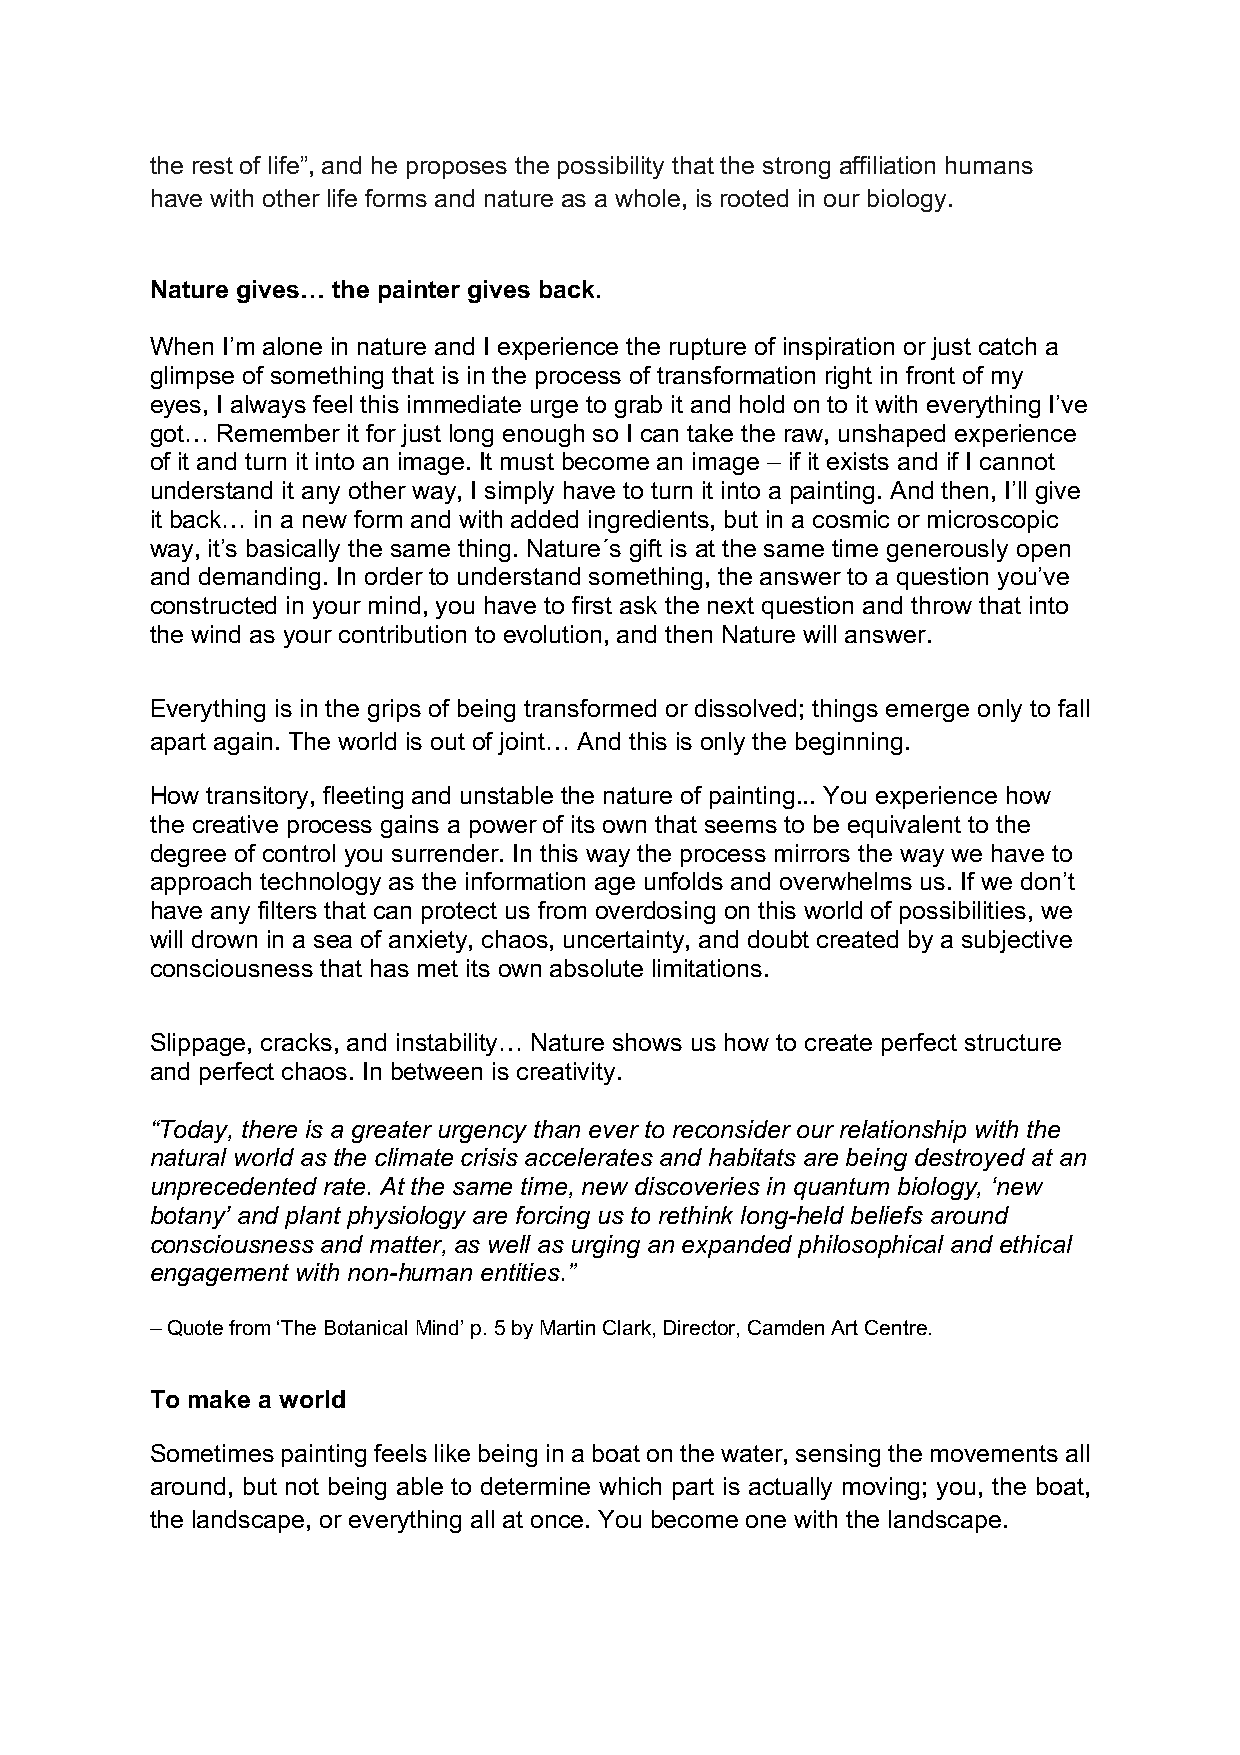
the rest of life”, and he proposes the possibility that the strong affiliation humans
 have with other life forms and nature as a whole, is rooted in our biology.
 Nature gives… the painter gives back.
 When I’m alone in nature and I experience the rupture of inspiration or just catch a
 glimpse of something that is in the process of transformation right in front of my
 eyes, I always feel this immediate urge to grab it and hold on to it with everything I’ve
 got… Remember it for just long enough so I can take the raw, unshaped experience
 of it and turn it into an image. It must become an image – if it exists and if I cannot
 understand it any other way, I simply have to turn it into a painting. And then, I’ll give
 it back… in a new form and with added ingredients, but in a cosmic or microscopic
 way, it’s basically the same thing. Nature´s gift is at the same time generously open
 and demanding. In order to understand something, the answer to a question you’ve
 constructed in your mind, you have to first ask the next question and throw that into
 the wind as your contribution to evolution, and then Nature will answer.
 Everything is in the grips of being transformed or dissolved; things emerge only to fall
 apart again. The world is out of joint… And this is only the beginning.
 How transitory, fleeting and unstable the nature of painting... You experience how
 the creative process gains a power of its own that seems to be equivalent to the
 degree of control you surrender. In this way the process mirrors the way we have to
 approach technology as the information age unfolds and overwhelms us. If we don’t
 have any filters that can protect us from overdosing on this world of possibilities, we
 will drown in a sea of anxiety, chaos, uncertainty, and doubt created by a subjective
 consciousness that has met its own absolute limitations.
 Slippage, cracks, and instability… Nature shows us how to create perfect structure
 and perfect chaos. In between is creativity.
 “Today, there is a greater urgency than ever to reconsider our relationship with the
 natural world as the climate crisis accelerates and habitats are being destroyed at an
 unprecedented rate. At the same time, new discoveries in quantum biology, ‘new
 botany’ and plant physiology are forcing us to rethink long-held beliefs around
 consciousness and matter, as well as urging an expanded philosophical and ethical
 engagement with non-human entities.”
 – Quote from ‘The Botanical Mind’ p. 5 by Martin Clark, Director, Camden Art Centre.
 To make a world
 Sometimes painting feels like being in a boat on the water, sensing the movements all
 around, but not being able to determine which part is actually moving; you, the boat,
 the landscape, or everything all at once. You become one with the landscape.